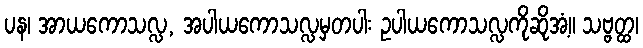
ပန၊ အာယကောသလ္လ, အပါယကောသလ္လမှတပါး ဥပါယကောသလ္လကိုဆိုအံ့။ သဗ္ဗတ္ထ၊